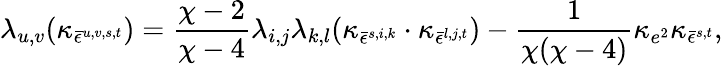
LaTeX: \lambda_{u,v}(\kappa_{\bar{\epsilon}^{u,v,s,t}})=\frac{\chi-2}{\chi-4}\lambda_{i,j}\lambda_{k,l}(\kappa_{\bar{\epsilon}^{s,i,k}}\cdot\kappa_{\bar{\epsilon}^{l,j,t}})-\frac{1}{\chi(\chi-4)}\kappa_{e^{2}}\kappa_{\bar{\epsilon}^{s,t}},